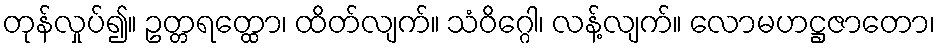
တုန်လှုပ်၍။ ဥတ္တရတ္ထော၊ ထိတ်လျက်။ သံဝိဂ္ဂေါ၊ လန့်လျက်။ လောမဟဋ္ဌဇာတော၊